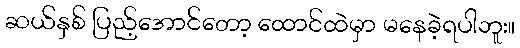
ဆယ်နှစ် ပြည့်အောင်တော့ ထောင်ထဲမှာ မနေခဲ့ရပါဘူး။